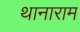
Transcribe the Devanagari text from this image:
थानाराम